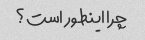
چرا اینطور است؟